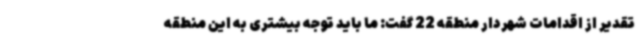
تقدیر از اقدامات شهردار منطقه 22 گفت: ما باید توجه بیشتری به این منطقه